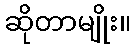
ဆိုတာမျိုး။